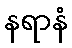
နရာနံ